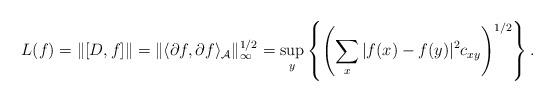
LaTeX: \begin{gather*}L(f)=\|[D, f]\|=\|\langle{\partial} f, {\partial} f\rangle_{\mathcal A}\|_\infty^{1/2}=\sup_y\left\{\left(\sum\limits_x|f(x)-f(y)|^2c_{xy}\right)^{1/2}\right\}.\end{gather*}